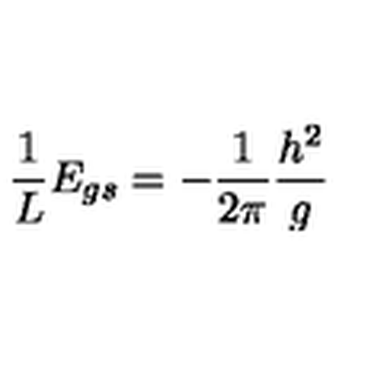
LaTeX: { \frac { 1 } { L } } E _ { g s } = - { \frac { 1 } { 2 \pi } } { \frac { h ^ { 2 } } { g } }